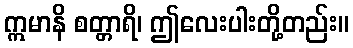
ဣမာနိ စတ္တာရိ၊ ဤလေးပါးတို့တည်း။